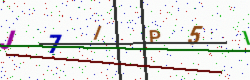
Text: J7IP5I